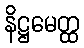
နိဋ္ဌမေတ္ထ